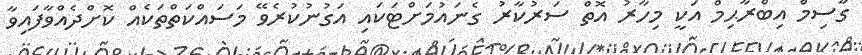
ގާސިމް އިބްރާޙިމް އަކީ މިހާރު އޮތް ސަރުކާރު ގެނައުމަށްޓަކައި އަގުނުކުރެވޭ މަސައްކަތްތަކެއް ކޮށްދެއްވާފައިވާ